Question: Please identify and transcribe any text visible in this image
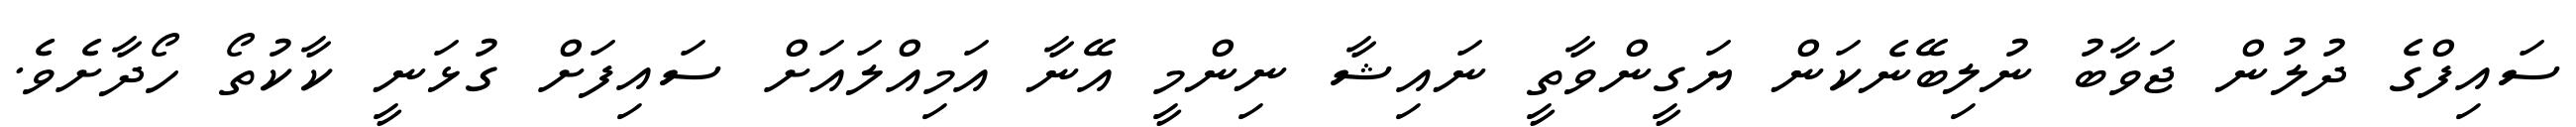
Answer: ސައިފްގެ ދުލުން ޖަވާބު ނުލިބޭނެކަން ޔަގީންވާތީ ނައިޝާ ނިންމީ އޭނާ އަމިއްލައަށް ސައިފަށް ގުޅަނީ ކާކުތޯ ހޯދާށެވެ.